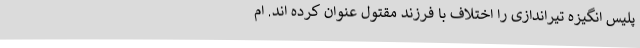
پلیس انگیزه تیراندازی را اختلاف با فرزند مقتول عنوان کرده اند. ام